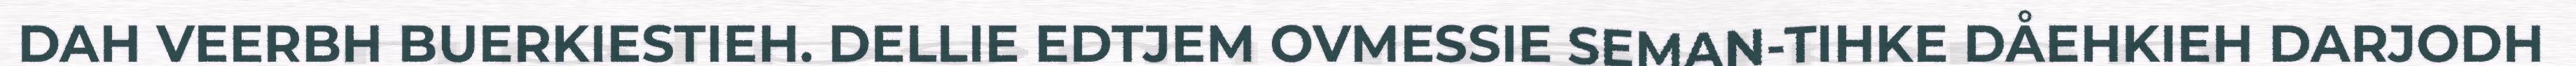
DAH VEERBH BUERKIESTIEH. DELLIE EDTJEM OVMESSIE SEMAN-TIHKE DÅEHKIEH DARJODH